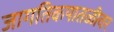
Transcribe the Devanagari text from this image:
जागतिकपातळीवर